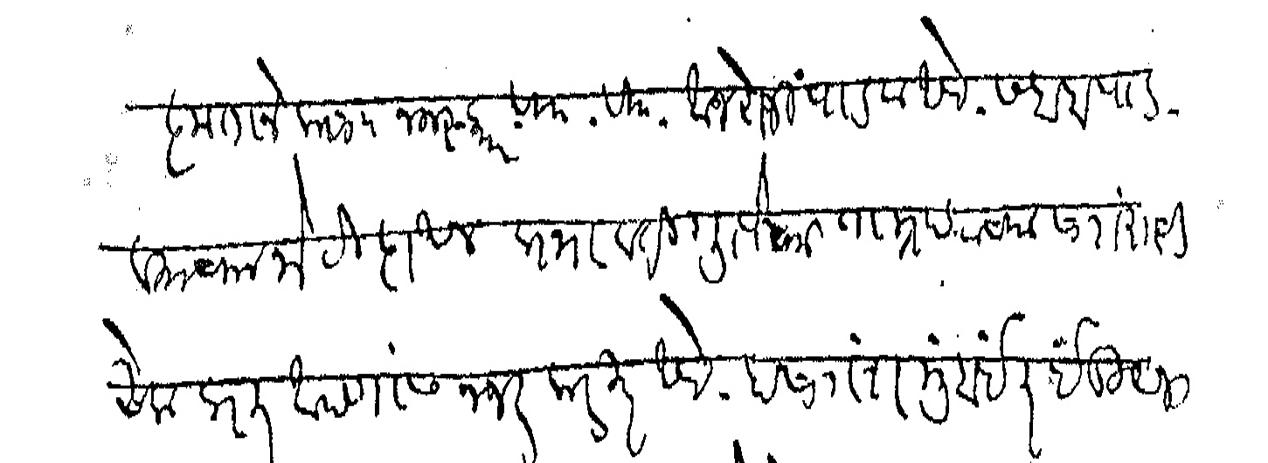
Transliteration (Devanagari): कृतानेक सा नमस्कार वि वि आज रोजी पाडवा आहे सबब पाडव्याच्या भेटीदाखल प्रभावती गुप्तेच्या ताम्रपटाच्या सारांशाची एक प्रत आपणास नजर करीत आहे हा सारांश मुंबईत इंडियन